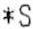
*S